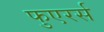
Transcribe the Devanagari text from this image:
फुएरर्स